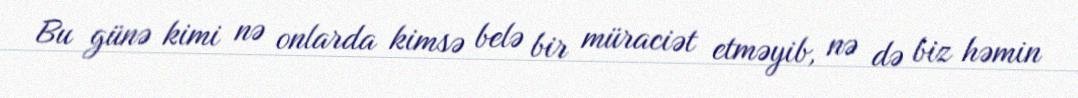
Bu günə kimi nə onlarda kimsə belə bir müraciət etməyib, nə də biz həmin